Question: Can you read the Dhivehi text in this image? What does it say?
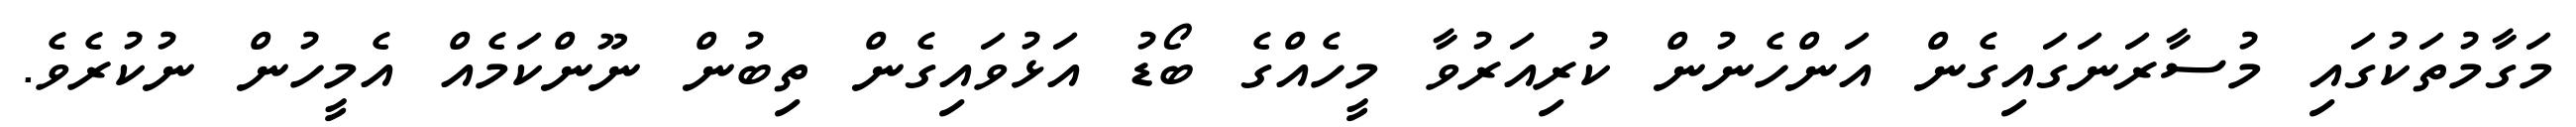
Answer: މަގާމުތަކުގައި މުސާރަނަގައިގެން އަންހެނުން ކުރިއަރުވާ މީހެއްގެ ބޯޑު އަޅުވައިގެން ތިބުން ނޫންކަމެއް އެމީހުން ނުކުރެވެ.